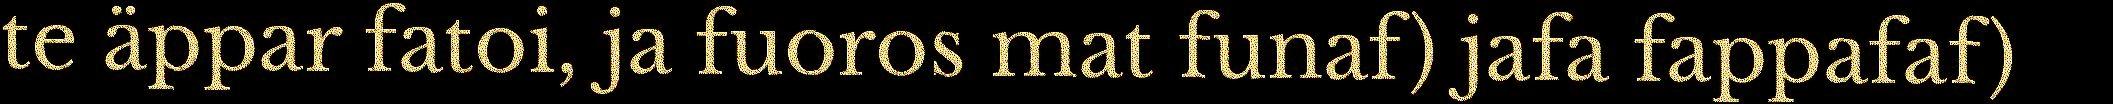
te äppar fatoi, ja fuoros mat funaf) jafa fappafaf)